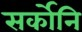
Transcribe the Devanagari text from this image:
सर्कोनि